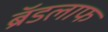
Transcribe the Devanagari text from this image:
ब्रॅडलाफ